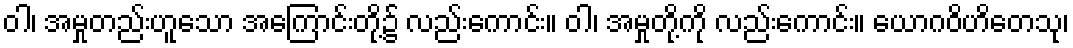
ဝါ၊ အမှုတည်းဟူသော အကြောင်းတို့၌ လည်းကောင်း။ ဝါ၊ အမှုတို့ကို လည်းကောင်း။ ယောဂဝိဟိတေသု၊